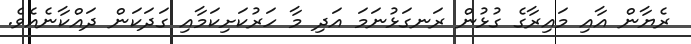
ރެޔާން އާއި މައިރާގެ ގުޅުން ރަނގަޅުނަމަ އަދި މާ ހަރުކަށިކަމާއި ގަދަކަން ދައްކާނެއެވެ.